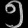
Digit: ၅